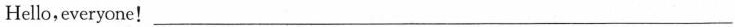
Hello，everyone！___